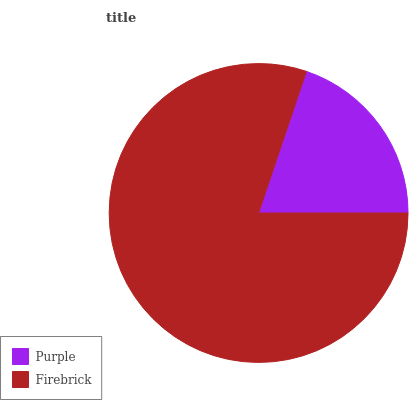
| Purple | Firebrick |
 | --- | --- |
 | 19.9% | 80.1% |